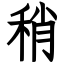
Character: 稍